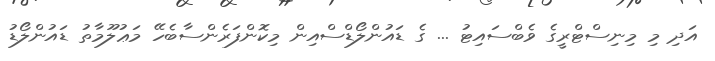
އަދި މި މިނިސްޓްރީގެ ވެބްސައިޓު ... ގެ ޑައުންލޯޑްސްއިން މިކޮންފަރެންސާބެހޭ މަޢުލޫމާތު ޑައުންލޯޑު